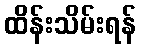
ထိန်းသိမ်းရန်